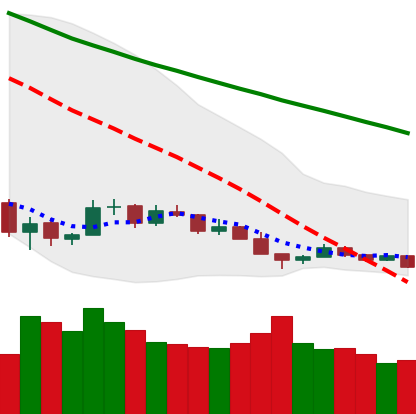
Ticker: BTC-USD
Chart end date: 2018-12-13
Forward return: 11.54%
Label: up_7plus